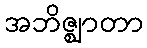
အဘိဇ္ဈာတာ